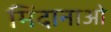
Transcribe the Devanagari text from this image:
मिंदानाओ